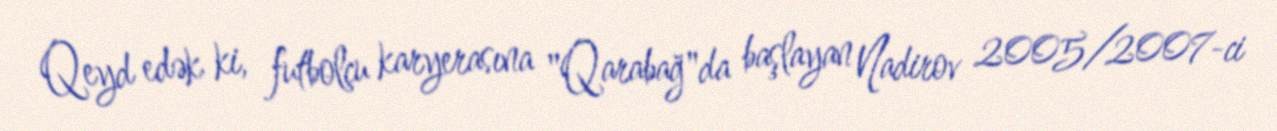
Qeyd edək ki, futbolçu karyerasına "Qarabağ"da başlayan Nadirov 2005/2007-ci